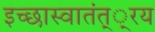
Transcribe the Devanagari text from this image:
इच्छास्वातंत््रय